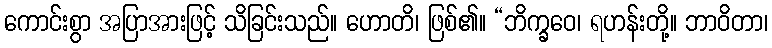
ကောင်းစွာ အပြာအားဖြင့် သိခြင်းသည်။ ဟောတိ၊ ဖြစ်၏။ “ဘိက္ခဝေ၊ ရဟန်းတို့။ ဘာဝိတာ၊